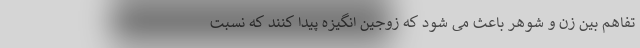
تفاهم بین زن و شوهر باعث می شود که زوجین انگیزه پیدا کنند که نسبت